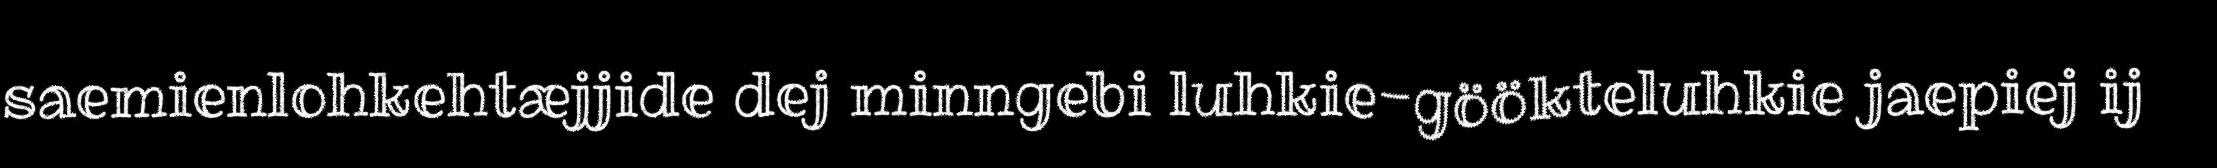
saemienlohkehtæjjide dej minngebi luhkie-göökteluhkie jaepiej ij